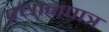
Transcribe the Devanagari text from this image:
प्रधानपात्र